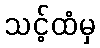
သင့်ထံမှ